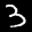
Label: 3